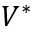
V ^ { * }